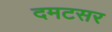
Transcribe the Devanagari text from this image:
दमटसर